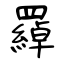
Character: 羄